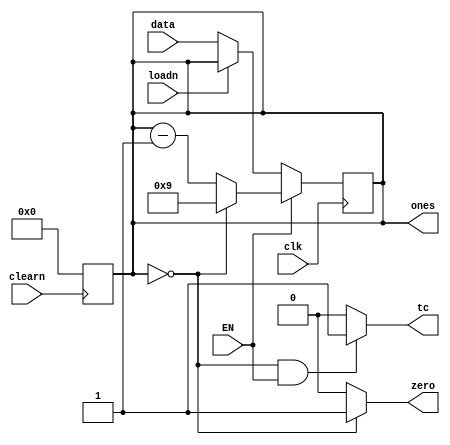
module Counter_mod_10(output wire [3:0] ones, 
                      output wire tc,zero, 
                      input wire clk, clearn, EN, loadn,
                      input wire [3:0] data);

  // Registradores para que seja possvel realizar a atribuio, que  feita de forma sequencial
  // dentro do bloco always
  reg [3:0] current_state;
  assign ones = current_state;
  // O zero s pode ser 1 quando o estado atual desse contador  0, ou seja, quando ele tiver
  // chegado em 0
  assign zero = (current_state == 0) ? 1 : 0;
  // O tc s pode ser 1 quando o contador tiver chegado a 0 e o enable for 1
  assign tc = ((current_state == 0)& EN) ? 1 : 0;

  always @(posedge clk)
    begin
      if (EN) begin
        if (current_state == 4'b0000) begin
          // Se o contador chegar a zero, reinicia a contagem
          current_state <= 4'b1001;
        end
        else begin
          // Se o contador ainda no for 0, diminui em 1 unidade
          current_state <= current_state - 1;
        end
      end
      else begin
        if (!loadn) begin
          current_state <= data;
        end
      end
    end
  // O prximo always verifica o clear de forma assncrona, para zerar o contador caso a tecla seja
  // apertada
  always @(negedge clearn) begin
    if (!clearn) begin
      current_state <= 4'b0000;
    end
  end
endmodule